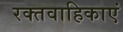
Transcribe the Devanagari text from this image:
रक्तवाहिकाएं